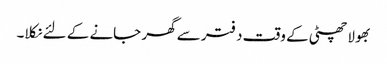
بھولا چھٹی کے وقت دفتر سے گھر جانے کے لئے نکلا۔